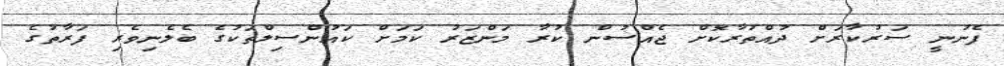
ފެނުނީ ސަރުކާރަށް ދުއްތުރާކޮށް ޖެއްސުން ކުރާ މަންޒަރު ކަމަށް ކައުންސިލްތަކުގެ ބެލެނިވެރި ފަރާތުގެ